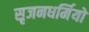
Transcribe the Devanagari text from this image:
सृजनधर्मियों